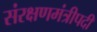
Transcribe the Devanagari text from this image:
संरक्षणमंत्रीपदी